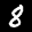
Label: 8